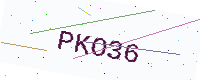
Text: PKO36